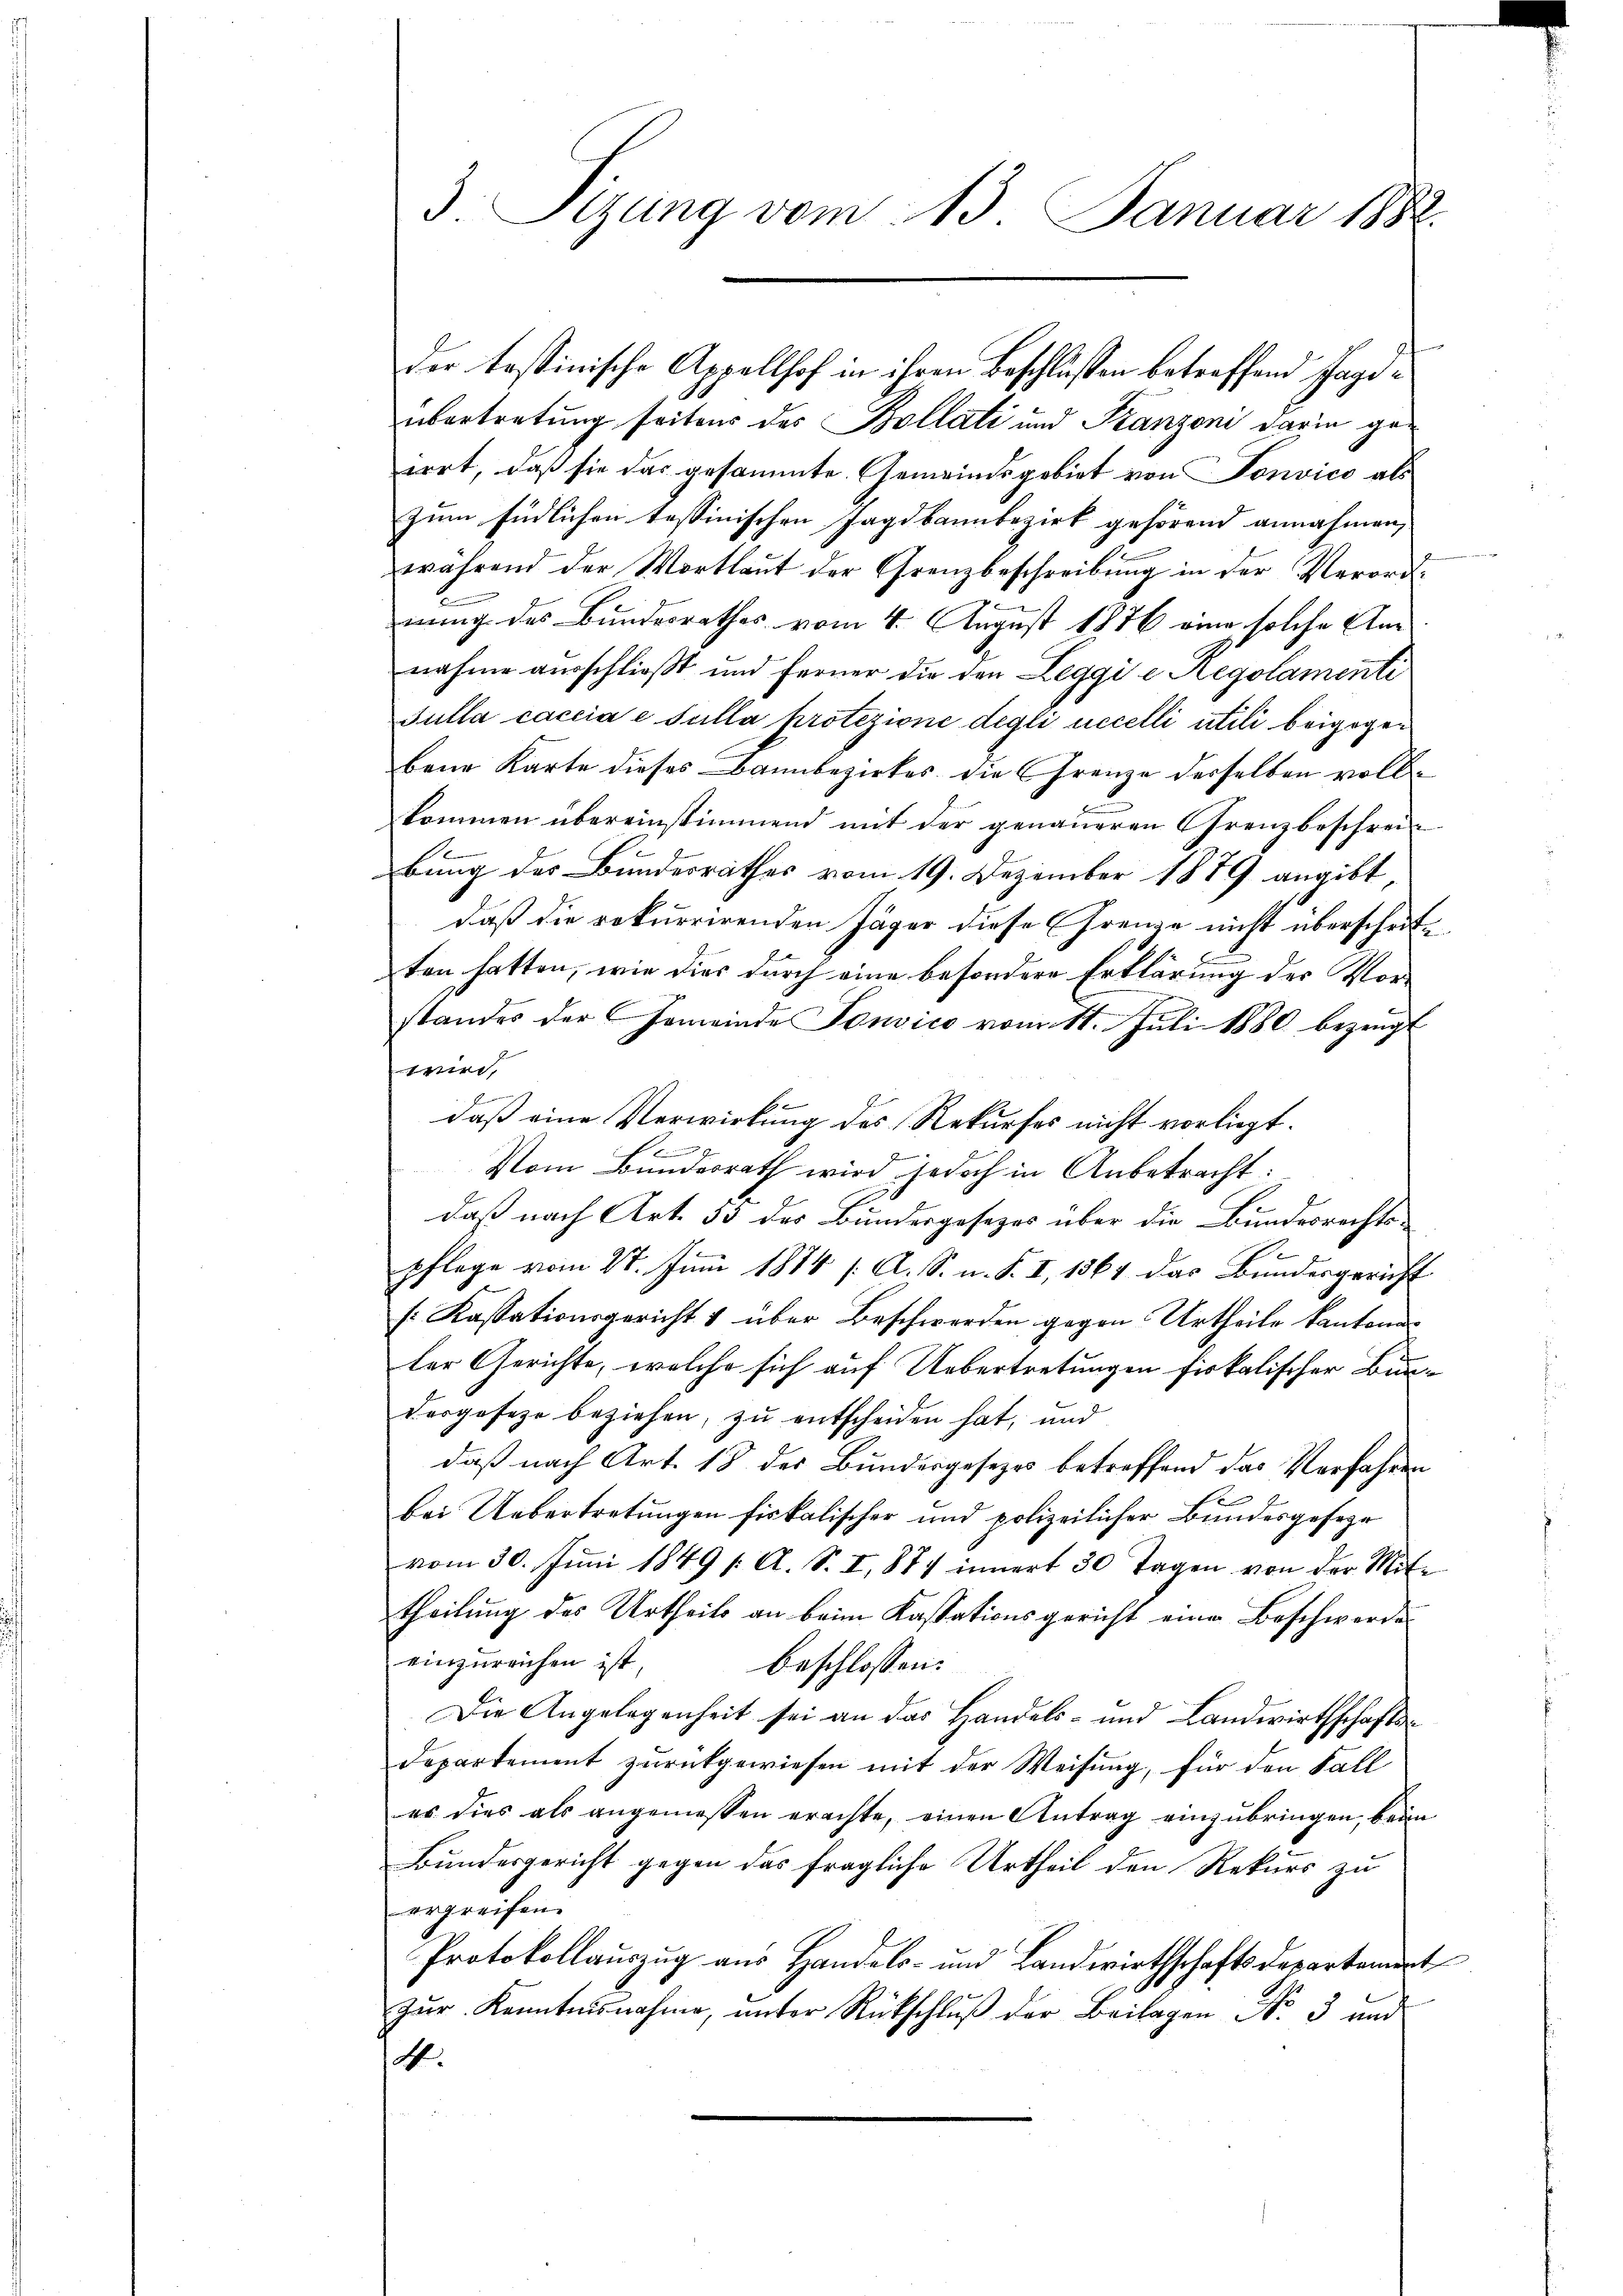
3 Sizung vom 13. Januar 1888.

einrich
der testinische Appellhof in ihren Beschlussen betreffend Jagdübertretung seitens des Bollati und Franzoni darin geerrt, daß sie das gesammte Gemeindsgebiet von Tonvico als
zum Endlichen Tessinischen Jagdbannbezirk gehörend annahmen
während der Wortlaut der Grenzbeschreibung in der Verordnung des Bundesrathes vom 4. August 1876 eine solche Annahme ausschließt und ferner die den Leggi e Regolamenti
Sulla caccia e sulla protezione degli eccelli utili beigegen
bene Karte dieses Bannbezirkes die Grenze derselben voll
kommen übereinstimmend mit der genaueren Grenzbeschreibung des Bundesrathes vom 19. Dezember 1879 angibt,
daß die rekurrirenden Jäger diese Grenze nicht überscheite
ten hatten, wie dies durch eine besondere Erklärung der Vorstandes der Gemeinde Sonvico vom 11. Juli 1880 bezeugt
,
b
daß eine Verwirkung des Rekurses nicht vorliegt.

e
Vom Bundesrath wird jedoch in Anbetracht:
daß nach Art. 53 des Bundesgesezes über die Bundesrechtspflege vom 27. Juni 1874 /: A. S. m. S. I, 1567 das Bundesgericht
(Kassationsgericht & über Beschwerden gegen Urtheile kantonaler Gerichte, welche sich auf Uebertretungen fiskalischer Bundesgeseze beziehen, zu entscheiden hat, und
daß nach Art. 18 des Bundesgesezes betreffend das Verfahren
f
bei Uebertretungen fiskalischer und polizeilicher Bundesgesehe
vom 30. Juni 1849 s. A. S. I, 874 innert 30 Tagen von der Mit-
theilung des Urtheils an beim Kassationsgericht eine Beschwerde
einzureichen ist,
beschlossen:
Die Angelegenheit sei an das Handels- und Landwirthschafts¬
Departement zurückgewiesen mit der Weisung, für den Fall
es dies als angemessen erachte, einen Antrag einzubringen, beim
Bundesgericht gegen das fragliche Urtheil den Rekurs zu
ergreifen.
Protokollauszug aus Handels- und Landwirthschaftsdepartement
zŭr Kenntnisnahme, ŭnter Rückschlŭβ der Beilagen No. 3 und
A.